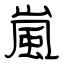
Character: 嵐